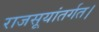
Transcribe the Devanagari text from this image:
राजसूयांतर्गत।